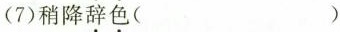
(7)稍降\underset{·}{辞}\underset{·}{色}( )